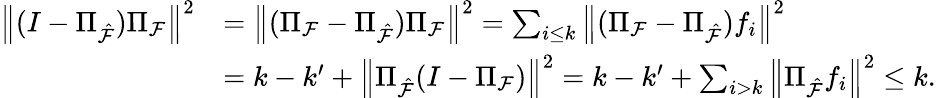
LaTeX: \begin{array}{rl}{\left\| (I-\Pi_{\hat{\cal F}})\Pi_{\cal F}\right\| ^{2}}&{=\left\| (\Pi_{\cal F}-\Pi_{\hat{\cal F}})\Pi_{\cal F}\right\| ^{2}=\sum_{i\leq k}\left\| (\Pi_{\cal F}-\Pi_{\hat{\cal F}})f_{i}\right\| ^{2}}\\ &{=k-k^{\prime}+\left\| \Pi_{\hat{\cal F}}(I-\Pi_{\cal F})\right\| ^{2}=k-k^{\prime}+\sum_{i>k}\left\| \Pi_{\hat{\cal F}}f_{i}\right\| ^{2}\leq k.}\end{array}